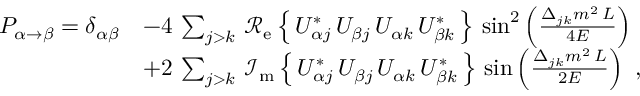
{ \begin{array} { r l } { P _ { \alpha \rightarrow \beta } = \delta _ { \alpha \beta } } & { - 4 \, \sum _ { j > k } \, \operatorname { \mathcal { R _ { e } } } \left\{ \, U _ { \alpha j } ^ { * } \, U _ { \beta j } \, U _ { \alpha k } \, U _ { \beta k } ^ { * } \, \right\} \, \sin ^ { 2 } \left( { \frac { \Delta _ { j k } m ^ { 2 } \, L } { 4 E } } \right) } \\ & { + 2 \, \sum _ { j > k } \, \operatorname { \mathcal { I _ { m } } } \left\{ \, U _ { \alpha j } ^ { * } \, U _ { \beta j } \, U _ { \alpha k } \, U _ { \beta k } ^ { * } \, \right\} \, \sin \left( { \frac { \Delta _ { j k } m ^ { 2 } \, L } { 2 E } } \right) ~ , } \end{array} }